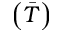
\left( \Bar T \right)